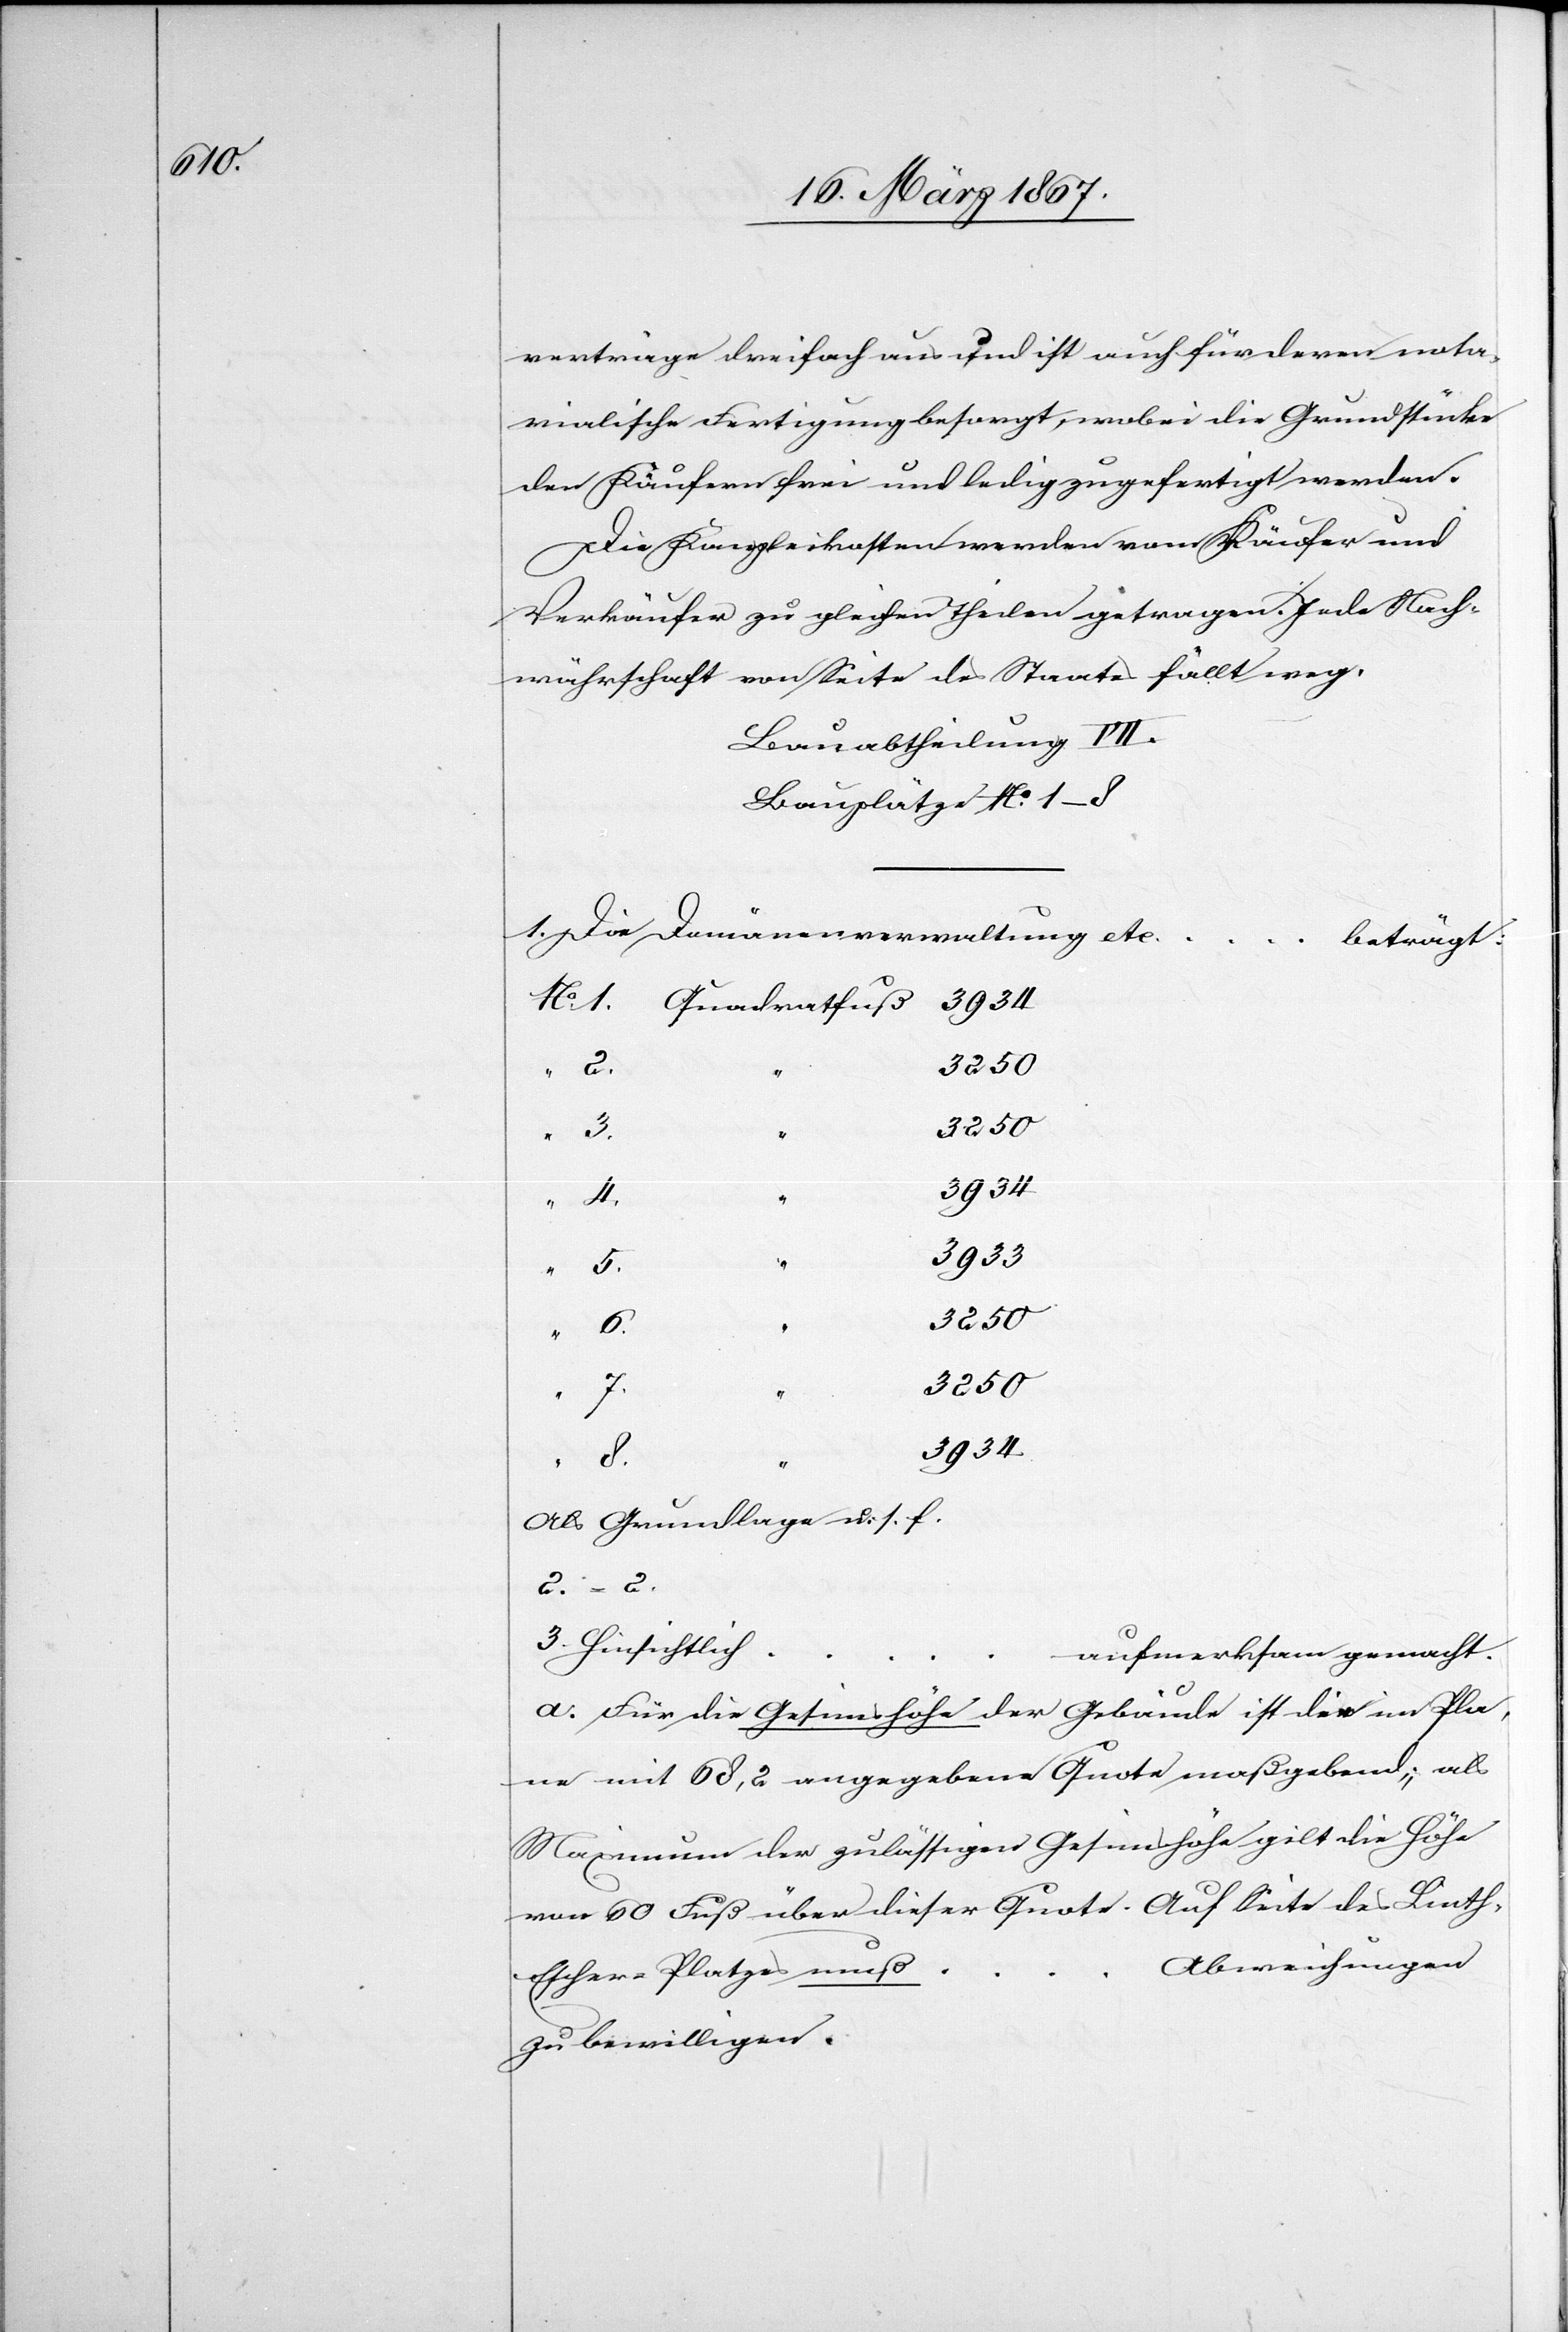
verträge dreifach aus und ist auch für deren nota¬
rialische Fertigung besorgt, wobei die Grundstücke
den Käufern frei und ledig zugefertigt werden.
Die Kanzleikosten werden vom Käufer und
Verkäufer zu gleichen Theilen getragen. Jede Nach¬
währschaft von Seite des Staates fällt weg.
Bauabtheilung VII.
Bauplätze No. 1–8
1. Die Domänenverwaltung etc …
“
beträgt:
3934
5
3933
3250
Als Grundlage u. s. f.
2. = 2.
3. Hinsichtlich …
No. 1
aufmerksam gemacht.
a.	Für die Gesimshöhe der Gebäude ist die im Pla¬
ne mit 68,2 angegebene Quote maßgebend; als
Maximum der zulässigen Gesimshöhe gilt die Höhe
von 60 Fuß über dieser Quote. Auf Seite des Lint¬
… Abweichungen
h-Escher-Platzes muß
zu bewilligen.